Annual administration and progress report of the Indian Medical Department, Bombay
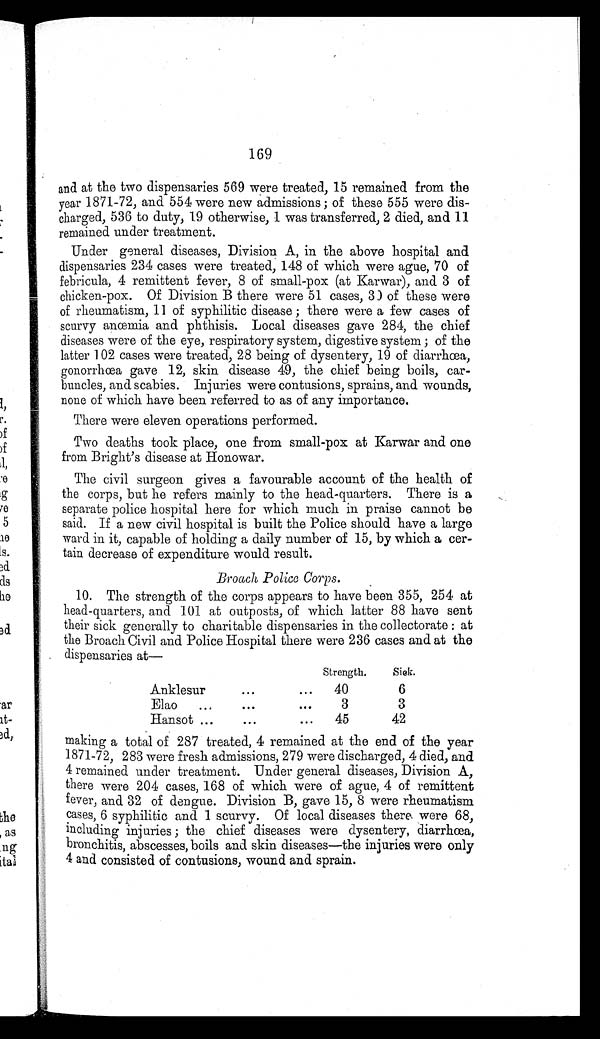
169
and at the two dispensaries 569 were treated, 15 remained from the
year 1871-72, and 554 were new admissions; of these 555 were dis
-
charged, 536 to duty, 19 otherwise, 1 was transferred, 2 died, and 11
remained under treatment.
Under general diseases, Division A, in the above hospital and
dispensaries 234 cases were treated, 148 of which were ague, 70 of
febricula, 4 remittent fever, 8 of small-pox (at Karwar), and 3 of
chicken-pox. Of Division B there were 51 cases, 30 of these were
of rheumatism, 11 of syphilitic disease; there were a few cases of
scurvy anœmia and phthisis. Local diseases gave 284, the chief
diseases were of the eye, respiratory system, digestive system; of the
latter 102 cases were treated, 28 being of dysentery, 19 of diarrhœa,
gonorrhœa gave 12, skin disease 49, the chief being boils, car
-
buncles, and scabies. Injuries were contusions, sprains, and wounds,
none of which have been referred to as of any importance.
There were eleven operations performed.
Two deaths took place, one from small-pox at Karwar and one
from Bright's disease at Honowar.
The civil surgeon gives a favourable account of the health of
the corps, but he refers mainly to the head-quarters. There is a
separate police hospital here for which much in praise cannot be
said. If a new civil hospital is built the Police should have a large
ward in it, capable of holding a daily number of 15, by which a cer
-
tain decrease of expenditure would result.
Broach Police Corps.
10. The strength of the corps appears to have been 355, 254 at
head-quarters, and 101 at outposts, of which latter 88 have sent
their sick generally to charitable dispensaries in the collectorate: at
the Broach Civil and Police Hospital there were 236 cases and at the
dispensaries at—
Strength.
Sick.
Anklesur . . . 40
6
Elao . . .
3
3
Hansot . . .
45
42
making a total of 287 treated, 4 remained at the end of the year
1871-72, 283 were fresh admissions, 279 were discharged, 4 died, and
4 remained under treatment. Under general diseases, Division A,
there were 204 cases, 168 of which were of ague, 4 of remittent
fever, and 32 of dengue. Division B, gave 15, 8 were rheumatism
cases, 6 syphilitic and 1 scurvy. Of local diseases there were 68,
including injuries; the chief diseases were dysentery, diarrhœa,
bronchitis, abscesses, boils and skin diseases—the injuries were only
4 and consisted of contusions, wound and sprain.